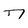
Character: 7